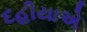
દહીયાએ